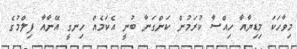
މިވާހަކަ މިޑިޔާއާ ހިއްސާ ކުރަމުން ކަންގަނާ ބުނީ އެކަމެއް ހިނގީ އޭނާއާ ފިލްމުގެ